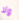
ولا